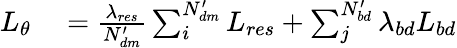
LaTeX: \begin{array}{rl}{L_{\theta}}&{{}=\frac{\lambda_{res}}{N_{dm}^{\prime}}\sum_{i}^{N_{dm}^{\prime}}L_{res}+\sum_{j}^{N_{bd}^{\prime}}\lambda_{bd}L_{bd}}\end{array}